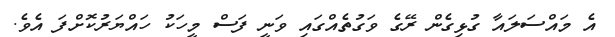
އެ މައްސަލައާ ގުޅިގެން ރޭގެ ވަގުތެއްގައި ވަނީ ފަސް މީހަކު ހައްޔަރުކޮށްފަ އެވެ.